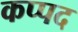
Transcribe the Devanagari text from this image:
कप्पद